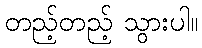
တည့်တည့် သွားပါ။